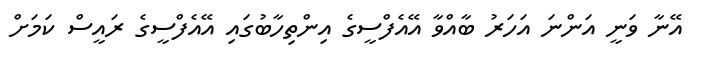
އޭނާ ވަނީ އަންނަ އަހަރު ބާއްވާ އޭއެފްސީގެ އިންތިހާބުގައި އޭއެފްސީގެ ރައީސް ކަމަށް